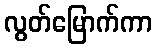
လွတ်မြောက်ကာ